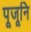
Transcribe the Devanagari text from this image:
पूजूनि